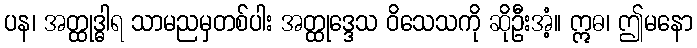
ပန၊ အတ္ထုဒ္ဓါရ သာမညမှတစ်ပါး အတ္ထုဒ္ဒေသ ဝိသေသကို ဆိုဦးအံ့။ ဣဓ၊ ဤမနော